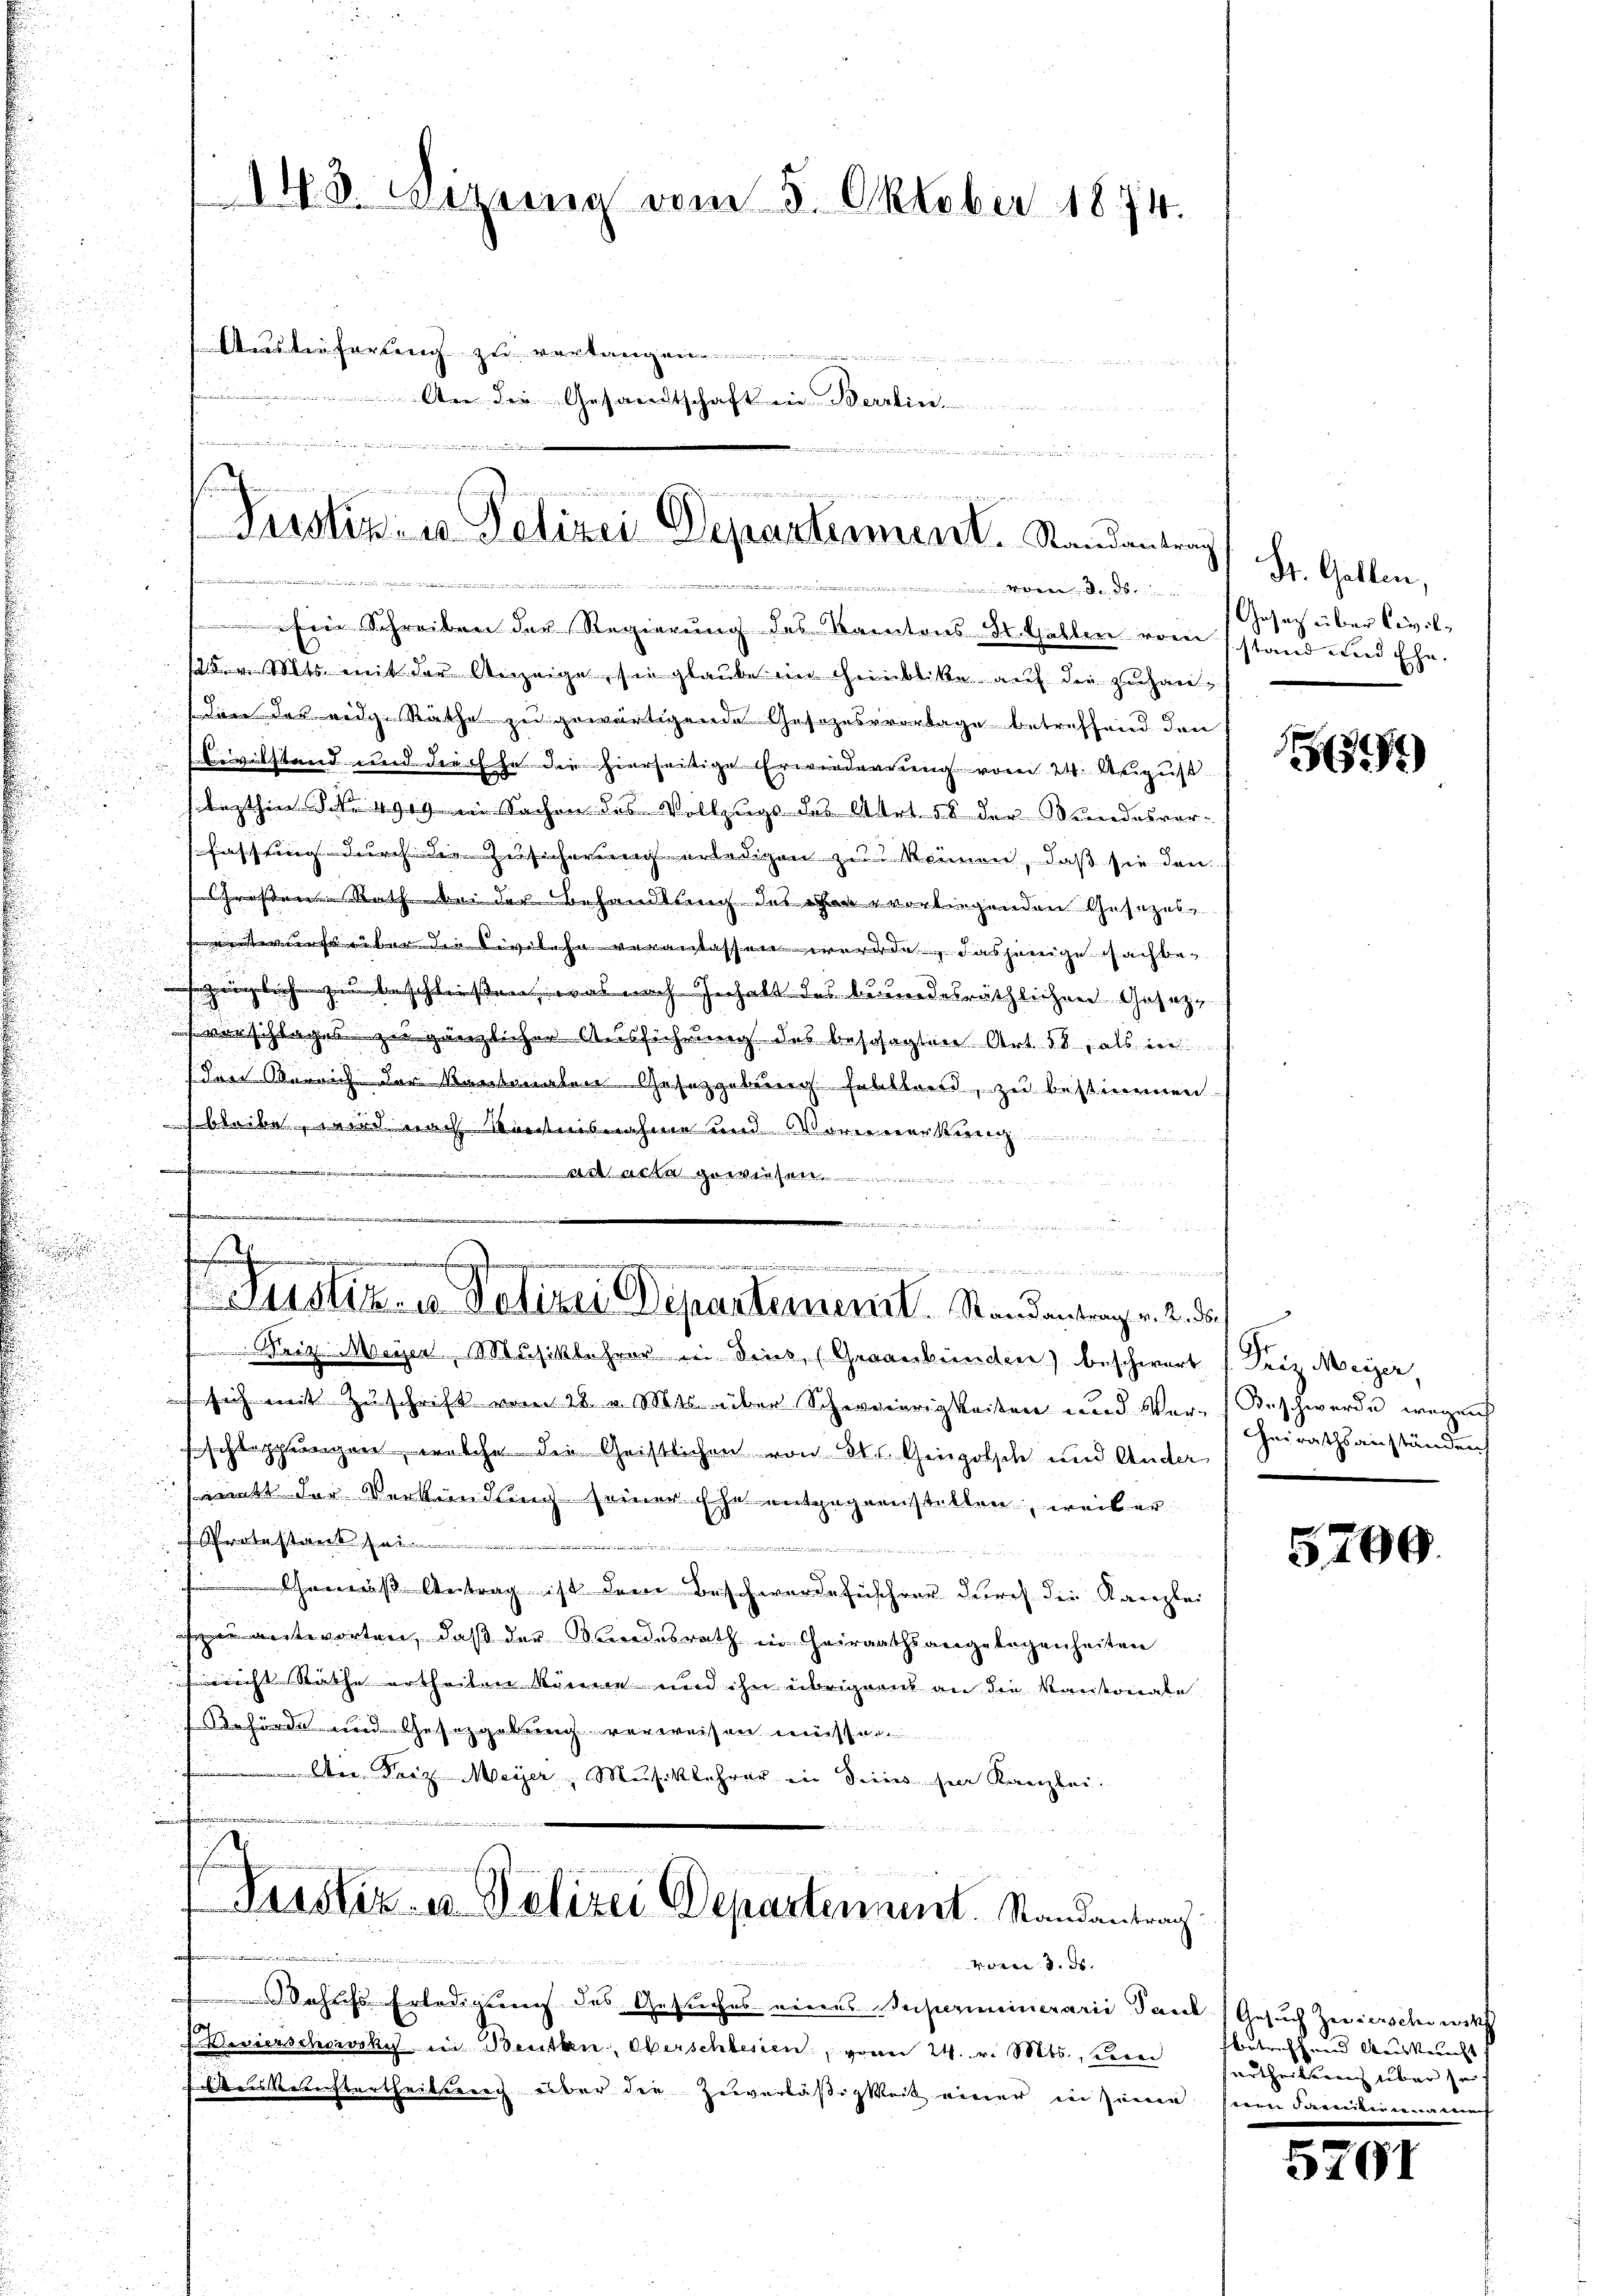
.

Ein Schreiben der Regierung des Kantons St. Gallen vor stand und Ehe.
2 v. Mts. mit der Anzeige, sie glaube im Geinblicke auf die zuhauden das eidg. Räthe zu gewärtigende Gesezesvortage betreffend den
Bevilstand und die Ehe die hierseitige Erwerderung vom 24. August
lezthin S. Nr. 4949 in Sachen des Vollzugs des Art. 58 der Bundesvorfassung durch die Zusicherung erledigen zu können, daß sie den
Großen Rath bei der Behandlung des ihm vorliegenden Gesezes¬

renterwehr über den Civilehe veranlassen werden, dasjenige Nachbe¬

gänglich zu beschließen, was nach Inhalt des bundesräthlichen Gesetz-
d
u
verschlages zu gänzlicher Ausführung des besagten Art. 58, als in

das errich der Kantonalen Gesetzgebung Fellbrend, zu bestimmen.
 bleibe, wird nach Kenntnisnahme und Vorerwerkung
 Wa
t
.......
.
s
.
t,  in den zu seine Judicio vor die Mit der
Justiz- u. Polizei Departement. Randantrag v. 2. ds.
.
Seiz Meyer, Musiklehrer in dies, (Graubünden) beschwert (Pres. Meier,
 sich mit Zuschrift vom 18 v. Mts. über Schwierigkeiten und Ver-Beschwerde wegen
sschleppungen, welche die Geistlichen von St. Gingolsche und Ander
matt der Verkündung seiner Ehe entgegenstetten, weil er
rotestant
uß Antrag ist dem Beschwerdeführer durch die Kanzlei
su antworten, daß der Bundesrath in Heirathsangelegenheiten
hnricht Rathe urtheilen könne und ihn übrigens an die Kantonale
Behörde und Gesetzgebung verweisen müssen
 Die Friz Meyer, Musiklehrer in drins für Kanzlei.
        den w

Justiz- u. Polizei Departement. Randantrag.
d

N. 8. Bezug vom 5. Oktober 1874.
Ansteiferung zu verlangen
 e vielen und wenn wird
.
An der Gesandtschaft in Berlin.

.
egg in den in den eine eineren
fach einen des

Justiz- u Polizei Departement. Randantrag

.
Jahres Erledigung des Gesuches eines Superiminerarii dan
Weierschowski ein Benken, Oberschlesien, von 24. v. Mts., ein
ftanskeuchtertheilstere über die Zuverläßigkeit einer in seine sein Familienname

Wechsee u. diese wenn die eines
  und mir ein

St. Gallen,
Gesetz über Civil¬

1

Heirathsanständen

5700.

de Gesuch Zeriersche wir
Betreffend Mausbericht
surtheilung über sei.

.
310